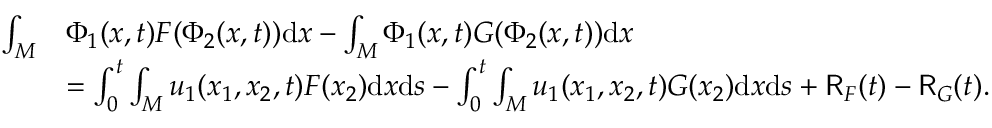
\begin{array} { r l } { \int _ { M } } & { \Phi _ { 1 } ( x , t ) F ( \Phi _ { 2 } ( x , t ) ) \mathrm { d } x - \int _ { M } \Phi _ { 1 } ( x , t ) G ( \Phi _ { 2 } ( x , t ) ) \mathrm { d } x } \\ & { = \int _ { 0 } ^ { t } \int _ { M } u _ { 1 } ( x _ { 1 } , x _ { 2 } , t ) F ( x _ { 2 } ) \mathrm { d } x \mathrm { d } s - \int _ { 0 } ^ { t } \int _ { M } u _ { 1 } ( x _ { 1 } , x _ { 2 } , t ) G ( x _ { 2 } ) \mathrm { d } x \mathrm { d } s + \mathsf { R } _ { F } ( t ) - \mathsf { R } _ { G } ( t ) . } \end{array}